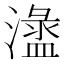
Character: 𣿍